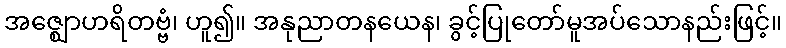
အဇ္ဈောဟရိတဗ္ဗံ၊ ဟူ၍။ အနုညာတနယေန၊ ခွင့်ပြုတော်မူအပ်သောနည်းဖြင့်။